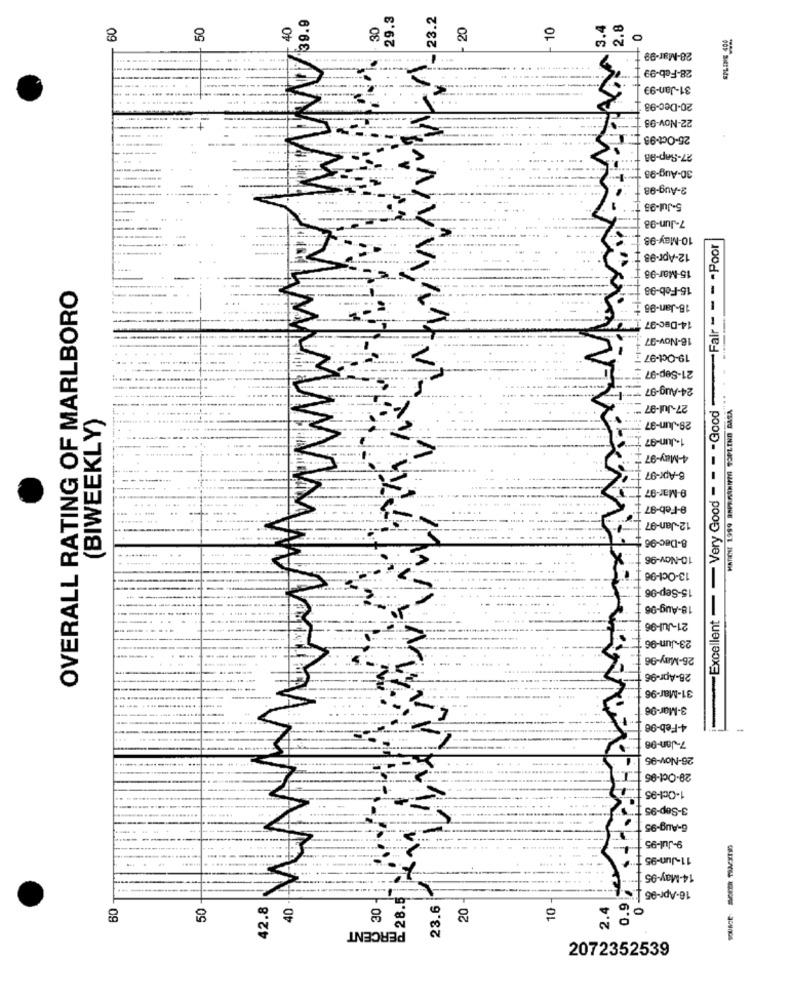
39.9
23.2
8
50
40
08
20
10
.4
2.
0
SPL INE 400
28-Mar-99
28-Feb-99
----
31-Jan-99
---
.. ....
20-Dec-98
22-Nov-98
25-Oct-98
27-Sep-98
30-Aug-98
2-Aug-98
5-Jul-98
7-Jun-98
10-May-98
= == Good Fair = ==- Poor
12-Apr-98
15-Mar-98
OVERALL RATING OF MARLBORO
15-Feb-98
18-Jan-98
14-Dec-97
16-Nov-97
19-Oct-97
21-Sep-97
24-Aug-97
---
HATICE 1999 BRPRAANITA SOPLIND BAŁA""
7-
27-Jul-97
(BIWEEKLY)
28-Jun-97
1-Jun-97
4-May-97
B-Apr-97
9-Mar-97
Excellent - - Very Good -
e-Feb-97
12-Jan-97
8-Dec-96
10-Nov-96
13-Oct-96
15-Sep-96
18-Aug-96
21-Jul-96
23-Jun-96
26-May-96
28-Apr-96
31-Mar-96
3-Mar-96
4-Feb-98
7-Jan-06
26-Nov-95
28-Oct-96
1-Oct-95
3-Sep-95
6-Aug-95
9-Jul-95
11-Jun-95
14-May-95
16-Apr-95
28.5
.9
50
42.8
30
23.6
20
10
40
PERCENT
2072352539